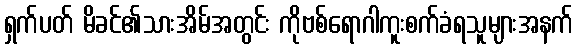
ရှက်ပတ် မိခင်၏သားအိမ်အတွင်း ကိုဗစ်ရောဂါကူးစက်ခံရသူများအနက်